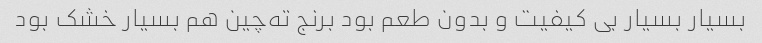
بسیار بسیار بی کیفیت و بدون طعم بود برنج ته‌چین هم بسیار خشک بود